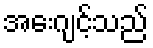
အေးဂျင့်သည်